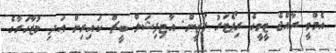
އެމްވީ ރާއްޖެ ޓީވީގެ ރިޕޯޓަރު ފަޒީން: އާޓިފިޝަލް ބީޗް ކައިރިން އަދި މުޒާހަރާގެ